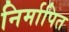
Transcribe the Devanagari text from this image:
निर्मापित